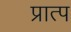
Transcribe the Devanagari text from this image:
प्रात्प